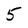
Character: 5